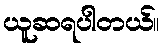
ယူဆရပါတယ်။